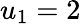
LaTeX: u_{1}=2